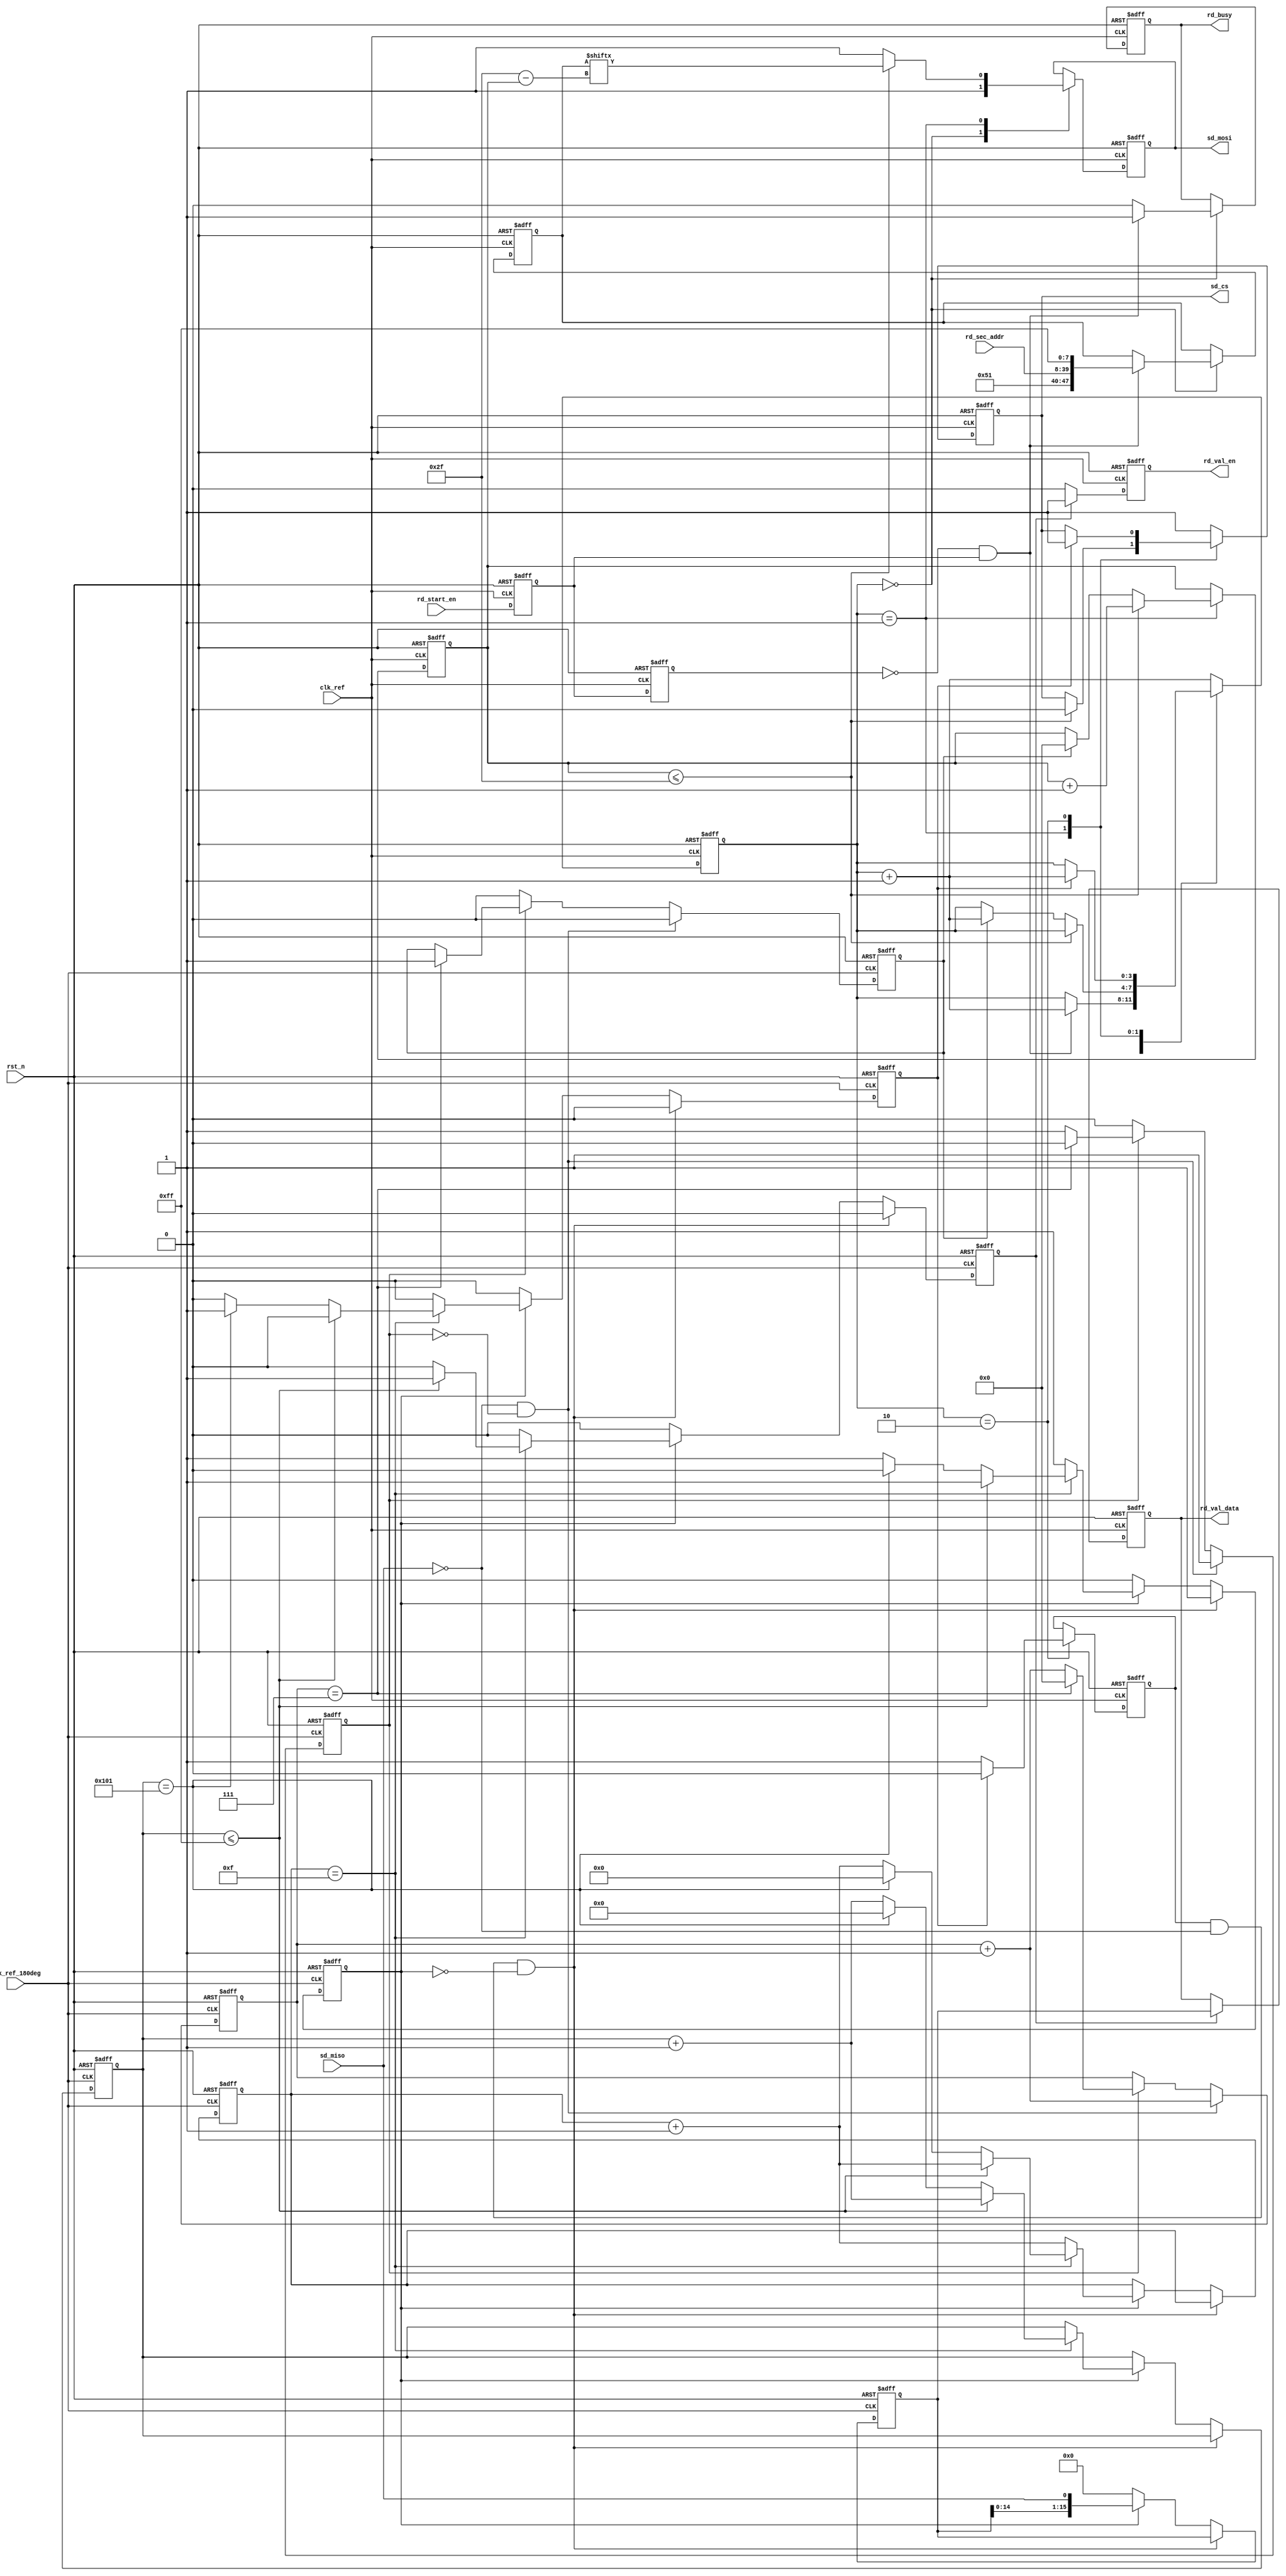
`timescale 1ns / 1ps
//////////////////////////////////////////////////////////////////////////////////
// Company: 
// Engineer: 
// 
// Design Name: 
// Module Name: sd_read
// Project Name: 
// Target Devices: 
// Tool Versions: 
// Description: 
// 
// Dependencies: 
// 
// Revision:
// Revision 0.01 - File Created
// Additional Comments:
// 
//////////////////////////////////////////////////////////////////////////////////


module sd_read(
    input               clk_ref         ,
    input               clk_ref_180deg  ,
    input               rst_n           ,
    //SD
    input               sd_miso         ,
    output      reg     sd_cs           ,
    output      reg     sd_mosi         ,
    //
    input               rd_start_en     ,       //SD
    input       [31:0]  rd_sec_addr     ,       
    output      reg     rd_busy         ,       //
    output      reg     rd_val_en       ,       //
    output  reg [15:0]  rd_val_data             //
    );
    
//reg define
reg                 rd_en_d0            ;
reg                 rd_en_d1            ;
reg                 res_en              ;
reg     [7:0]       res_data            ;  //R1,8bit
reg                 res_flag            ;
reg     [5:0]       res_bit_cnt         ;

reg                 rx_en_t             ;   //SD
reg     [15:0]      rx_data_t           ;   //SD
reg                 rx_flag             ;       
reg     [3:0]       rx_bit_cnt          ;   //
reg     [8:0]       rx_data_cnt         ;   //
reg                 rx_finish_en        ;   //

reg     [3:0]       rd_ctrl_cnt         ;
reg     [47:0]      cmd_rd              ;   //
reg     [5:0]       cmd_bit_cnt         ;
reg                 rd_data_flag        ;

//wire defibe 
wire                pos_rd_en           ;   //SD

//main code
assign pos_rd_en = (~rd_en_d1) & rd_en_d0;


//rd_start_en
always @(posedge clk_ref or negedge rst_n) begin
    if(!rst_n) begin
        rd_en_d0 <= 1'b0;
        rd_en_d1 <= 1'b0;
    end
    else begin
        rd_en_d0 <= rd_start_en;
        rd_en_d1 <= rd_en_d0;
    end
end

//SD
always @(posedge clk_ref_180deg or negedge rst_n) begin
    if(!rst_n) begin
        res_en <= 1'b0;
        res_data <= 8'd0;
        res_flag <= 1'b0;
        res_bit_cnt <= 6'd0;
    end
    else begin
        //sd_miso = 0 
        if(sd_miso == 1'b0 && res_flag == 1'b0) begin
            res_flag <= 1'b1;
            res_data <= {res_data[6:0], sd_miso}; //6??
            res_bit_cnt <= res_bit_cnt + 1'b1;
            res_en <= 1'b0;
        end
        else if(res_flag) begin
            res_data <= {res_data[6:0], sd_miso};
            res_bit_cnt <= res_bit_cnt + 6'd1;
            if(res_bit_cnt == 6'd7) begin
                res_flag <= 1'b0;
                res_bit_cnt <= 6'd0;
                res_en <= 1'b1;
            end
        end
        else
            res_en <= 1'b0;
    end
end 


//SD
always @(posedge clk_ref_180deg or negedge rst_n) begin
    if(!rst_n) begin
        rx_en_t <= 1'b0;
        rx_data_t <= 16'd0;
        rx_flag <= 1'b0;
        rx_bit_cnt <= 4'd0;
        rx_data_cnt <= 9'd0;
        rx_finish_en <= 1'b0;
    end
    else begin
        rx_en_t <= 1'b0;
        rx_finish_en <= 1'b0;
        //0xfe (1111_1110),0, sd_miso == 1'b0
        if(rd_data_flag && sd_miso == 1'b0 && rx_flag == 1'b0)
            rx_flag <= 1'b1;
        else if(rx_flag) begin
            rx_bit_cnt <= rx_bit_cnt + 4'd1;
            rx_data_t <= {rx_data_t[14:0], sd_miso};
            if(rx_bit_cnt == 4'd15) begin
                rx_data_cnt <= rx_data_cnt + 9'd1;
                //BLOCK512 = 256 * 16bit
                if(rx_data_cnt <= 9'd255)
                    rx_en_t <= 1'b1;
                else if(rx_data_cnt == 9'd257) begin    //2 byte CRC
                    rx_flag <= 1'b0;
                    rx_finish_en <= 1'b1;
                    rx_data_cnt <= 9'd0;
                    rx_bit_cnt <= 4'd0;
                end
            end
        end
        else
            rx_data_t <= 16'd0;
    end
end

//
always @(posedge clk_ref or negedge rst_n) begin
    if(!rst_n) begin
        rd_val_en <= 1'b0;
        rd_val_data <= 16'd0;
    end
    else begin
        if(rx_en_t) begin
            rd_val_en <= 1'b1;
            rd_val_data <= rx_data_t;
        end
        else
            rd_val_en <= 1'b0;
    end
end

//
always @(posedge clk_ref or negedge rst_n) begin
    if(!rst_n) begin
        sd_cs <= 1'b1;
        sd_mosi <= 1'b1;
        rd_ctrl_cnt <= 4'd0;
        cmd_rd <= 48'd0;
        cmd_bit_cnt <= 6'd0;
        rd_busy <= 1'd0;
        rd_data_flag <= 1'b0;
    end
    else begin
        case(rd_ctrl_cnt)
            4'd0 : begin
                rd_busy <= 1'b0;
                sd_cs <= 1'b1;
                sd_mosi <= 1'b1;
                if(pos_rd_en) begin
                    cmd_rd <= {8'h51, rd_sec_addr, 8'hff};  //CMD17
                    rd_ctrl_cnt <= rd_ctrl_cnt + 4'd1;      //
                    rd_busy <= 1'b1;                        //
                end
            end
            4'd1 : begin
                if(cmd_bit_cnt <= 6'd47) begin
                    cmd_bit_cnt <= cmd_bit_cnt + 6'd1;      //
                    sd_cs <= 1'b0;
                    sd_mosi <= cmd_rd[6'd47 - cmd_bit_cnt]; //                    
                end
                else begin
                    sd_mosi <= 1'b1;
                    if(res_en) begin                        //SD
                        rd_ctrl_cnt <= rd_ctrl_cnt + 4'd1;
                        cmd_bit_cnt <= 6'd0;
                    end
                end
            end
            4'd2 : begin
                //rd_data_flag
                rd_data_flag <= 1'b1;
                if(rx_finish_en) begin                      //
                    rd_ctrl_cnt <=  rd_ctrl_cnt + 4'd1;  
                    rd_data_flag <= 1'b0;
                    sd_cs <= 1'b1;   
                end
            end
            default : begin
                //8
                sd_cs <= 1'b1;
                rd_ctrl_cnt <=  rd_ctrl_cnt + 4'd1;  
            end
        endcase
    end
end

endmodule